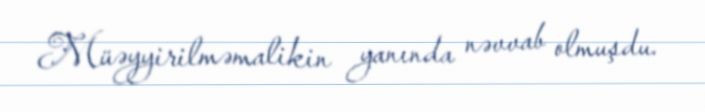
Müəyyirilməmalikin yanında nəvvab olmuşdu.